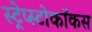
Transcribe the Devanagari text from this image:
स्ट्रेप्स्टोकॉकस